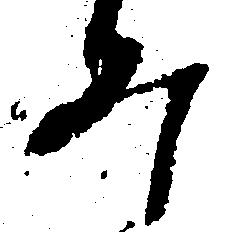
み